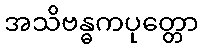
အသိဗန္ဓကပုတ္တော